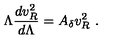
\Lambda \frac { d v _ { R } ^ { 2 } } { d \Lambda } = A _ { \delta } v _ { R } ^ { 2 } \ .